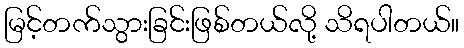
မြင့်တက်သွားခြင်းဖြစ်တယ်လို့ သိရပါတယ်။